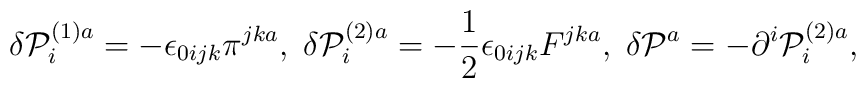
\delta {\cal P}_{i}^{\left( 1\right) a}=-\epsilon _{0ijk}\pi ^{jka},\;\delta {\cal P}_{i}^{\left( 2\right) a}=-\frac{1}{2}\epsilon_{0ijk}F^{jka},\;\delta {\cal P}^{a}=-\partial ^{i}{\cal P}_{i}^{\left(2\right) a},